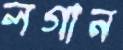
লগান